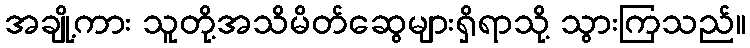
အချို့ကား သူတို့အသိမိတ်ဆွေများရှိရာသို့ သွားကြသည်။